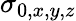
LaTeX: \sigma_{0,x,y,z}